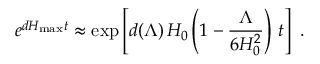
e ^ { d H _ { \mathrm { m a x } } t } \approx \exp \left[ d ( \Lambda ) \, H _ { 0 } \left( 1 - { \frac { \Lambda } { 6 H _ { 0 } ^ { 2 } } } \right) \, t \right] \ .